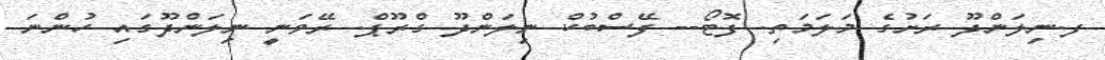
ފ.ނިލަންދޫ ރަށުގެ މަލަމަތި. ފޮޓޯ-- ފޭސްބުކް ނިލަންދޫ ގްރޫޕް. ރޭވަނީ ނިލަންދޫގައި ހުންނަ